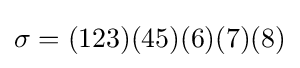
\sigma =(123)(45)(6)(7)(8)